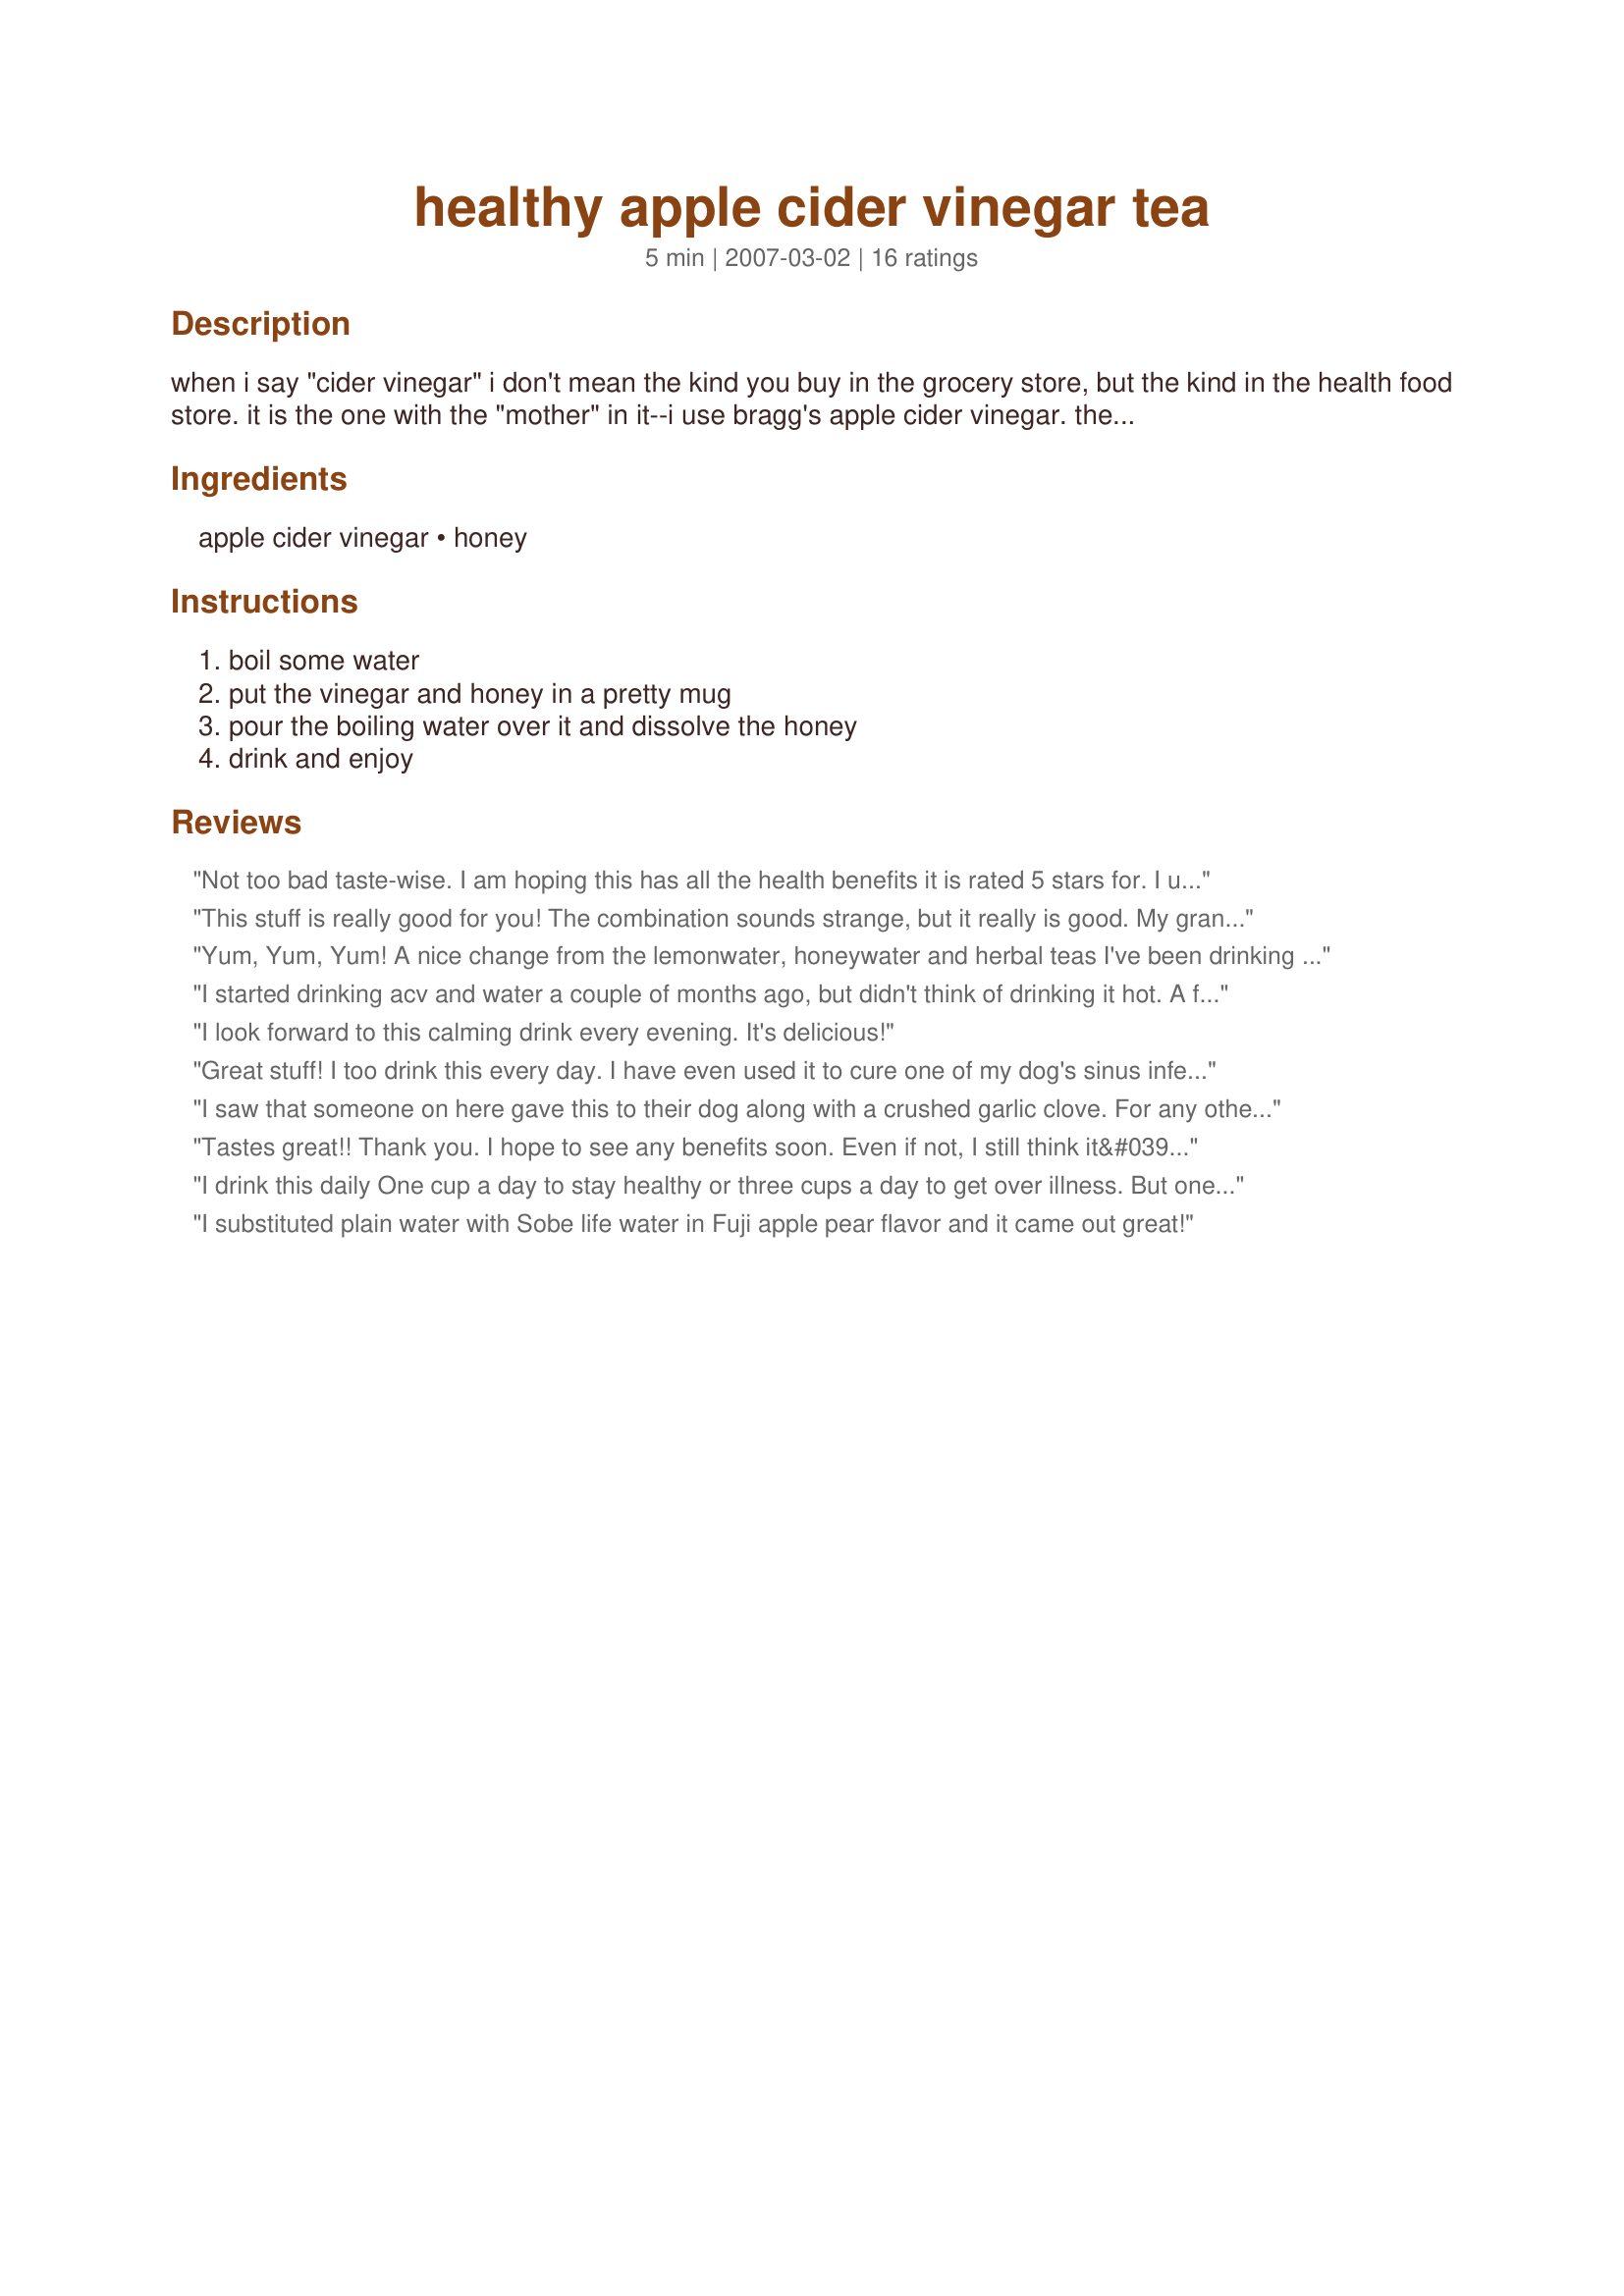
healthy apple cider vinegar tea
Preparation time: 5 minutes

when i say "cider vinegar" i don't mean the kind you buy in the grocery store, but the kind in the health food store. it is the one with the "mother" in it--i use bragg's apple cider vinegar. the "mother" is the goodness of the apple and you can see it in the bottle--just shake the bottle and it gets all mixed in. apple cider vinegar is wonderful for you. it was used in new england years ago as a cure-all for everything. the bragg's vinegar can be used as you would use any vinegar, but has a tad less bite than regular kind--it is very good. this tea is refreshing and you will find that you want to have a cup. my mom and i drink this. my mother's aunt drank this every day of her life. hummmmm.....

Ingredients:
apple cider vinegar, honey

Steps:
boil some water, put the vinegar and honey in a pretty mug, pour the boiling water over it and dissolve the honey, drink and enjoy

Reviews:
Not too bad taste-wise. I am hoping this has all the health benefits it is rated 5 stars for. I used Eden organic apple cider vinegar (which means it does have the mother in it), and unpasteurized (but not raw sadly - they were out) honey from the health food store. I know the real apple cider vinegar does have many health benefits including killing yeast. I'd like to drink this for one week and see what happens.
This stuff is really good for you! The combination sounds strange, but it really is good. My grandparents drank this every morning at breakfast. Now I do too!
Yum, Yum, Yum! A nice change from the lemonwater, honeywater and herbal teas I've been drinking all week while on my 30-day detox. This was really yummy! A nice treat. I doubled the recipe for my 18oz mug and it was perfect. I actually did use the apple cider vinegar I bought at the grocery store and I thought it was fine.
I started drinking acv and water a couple of months ago, but didn't think of drinking it hot. A friend told us about it's healthy benefits. I get my vinegar from Trader Joes. If you want more info on it and other natural cures go to earthclinic.com, great site. I love the taste of this drink. Thank you
I look forward to this calming drink every evening. It's delicious!
Great stuff! I too drink this every day. I have even used it to cure one of my dog's sinus infection. Actually, for that I used the vinegar in his drinking water, and added honey and a crushed garlic clove to his food for 10 days.....sinues cleared! I swear by this in helping me to avoid winter colds and other maladies. One cup every morning after coffee, and I'm set to go! Thanks for sharing.
I saw that someone on here gave this to their dog along with a crushed garlic clove. For any other people on here that may be trying that, GARLIC IS EXTREMELY POISONOUS FOR DOGS! Please, look up the things you feed your animals before you experiment. There are a lot of things that may seem harmless but are very bad for them.
Tastes great!! Thank you. I hope to see any benefits soon. Even if not, I still think it&#039;s a tasty drink.
I drink this daily One cup a day to stay healthy or three cups a day to get over illness. But one thing you didnt mention that needs to be said is that you really need to use RAW UNFILTERED HONEY! Do not use that crap in the bear bottle. Even if u pay oremium prices it dsnt mean youre getting the real thing. Companies that dont say where the honey is from or if it isnt cert unfiltered..the distributor is buying it from dirt cheap places like china that often have bad contaminates in it. Also filtering removes the good antimicrobial and other properties of the honey.
I substituted plain water with Sobe life water in Fuji apple pear flavor and it came out great!
We have quite a bit in common. My son lives by this stuff. He says it helps his acne quite a bit and if we run out he starts breaking out worse. Did you know apple cider vinegar was one of the ingredients in the concoction the four thieves used to stay off the Bubonic plague? My elderly neighbor drank this three times a day and lost all the arthritic calcium knots on her knuckles that crippled her hands. Also, my son drank this while us three girls suffered the H1N1 flu this year. He got a fever one day and it went away and never came back. I could go on and on...
I gave this five stars not for its exceptional taste, but for its health benefits. I didn't know cider vinegar existed with the mother in it until reading Mimi's recipe--thanks for the enlightenment. I skip the honey, as I enjoy a zingy vinegar taste. And Mimi's suggestion of putting it all in a pretty mug is imperative--always a good way to start off any day. Thanks, Mimi.
I swear by this for my arthritis BUT please bear in mind that for the first 2 weeks of drinking this the pains will be worse. Worth it as the relief is fantastic.
I agree with Deep... I drink this every day and I also think this is one reason why I don't get many colds or sore throats. I love the taste... some find it very overpowering. I would suggest using only Braggs... it is the best. I also use raw honey... just delicious! Thanks for posting!!!
I added 1 tsp fresh ginger, along with juice from 1/2 lemon. Rest is hot water. I loved the combination.
I actually like the taste of this warm drink. I can't wait to see if it helps any "challenges" that my body has. I found the "Braggs" brand of Apple Cider in the Health Foods part of my regular grocery store, so that was nice I didn't have to make a special trip somewhere for that. Thanks for the recipe!
